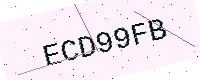
Text: ECD99FB